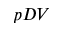
p D V